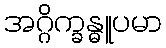
အဂ္ဂိက္ခန္ဓူပမာ